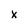
Character: x